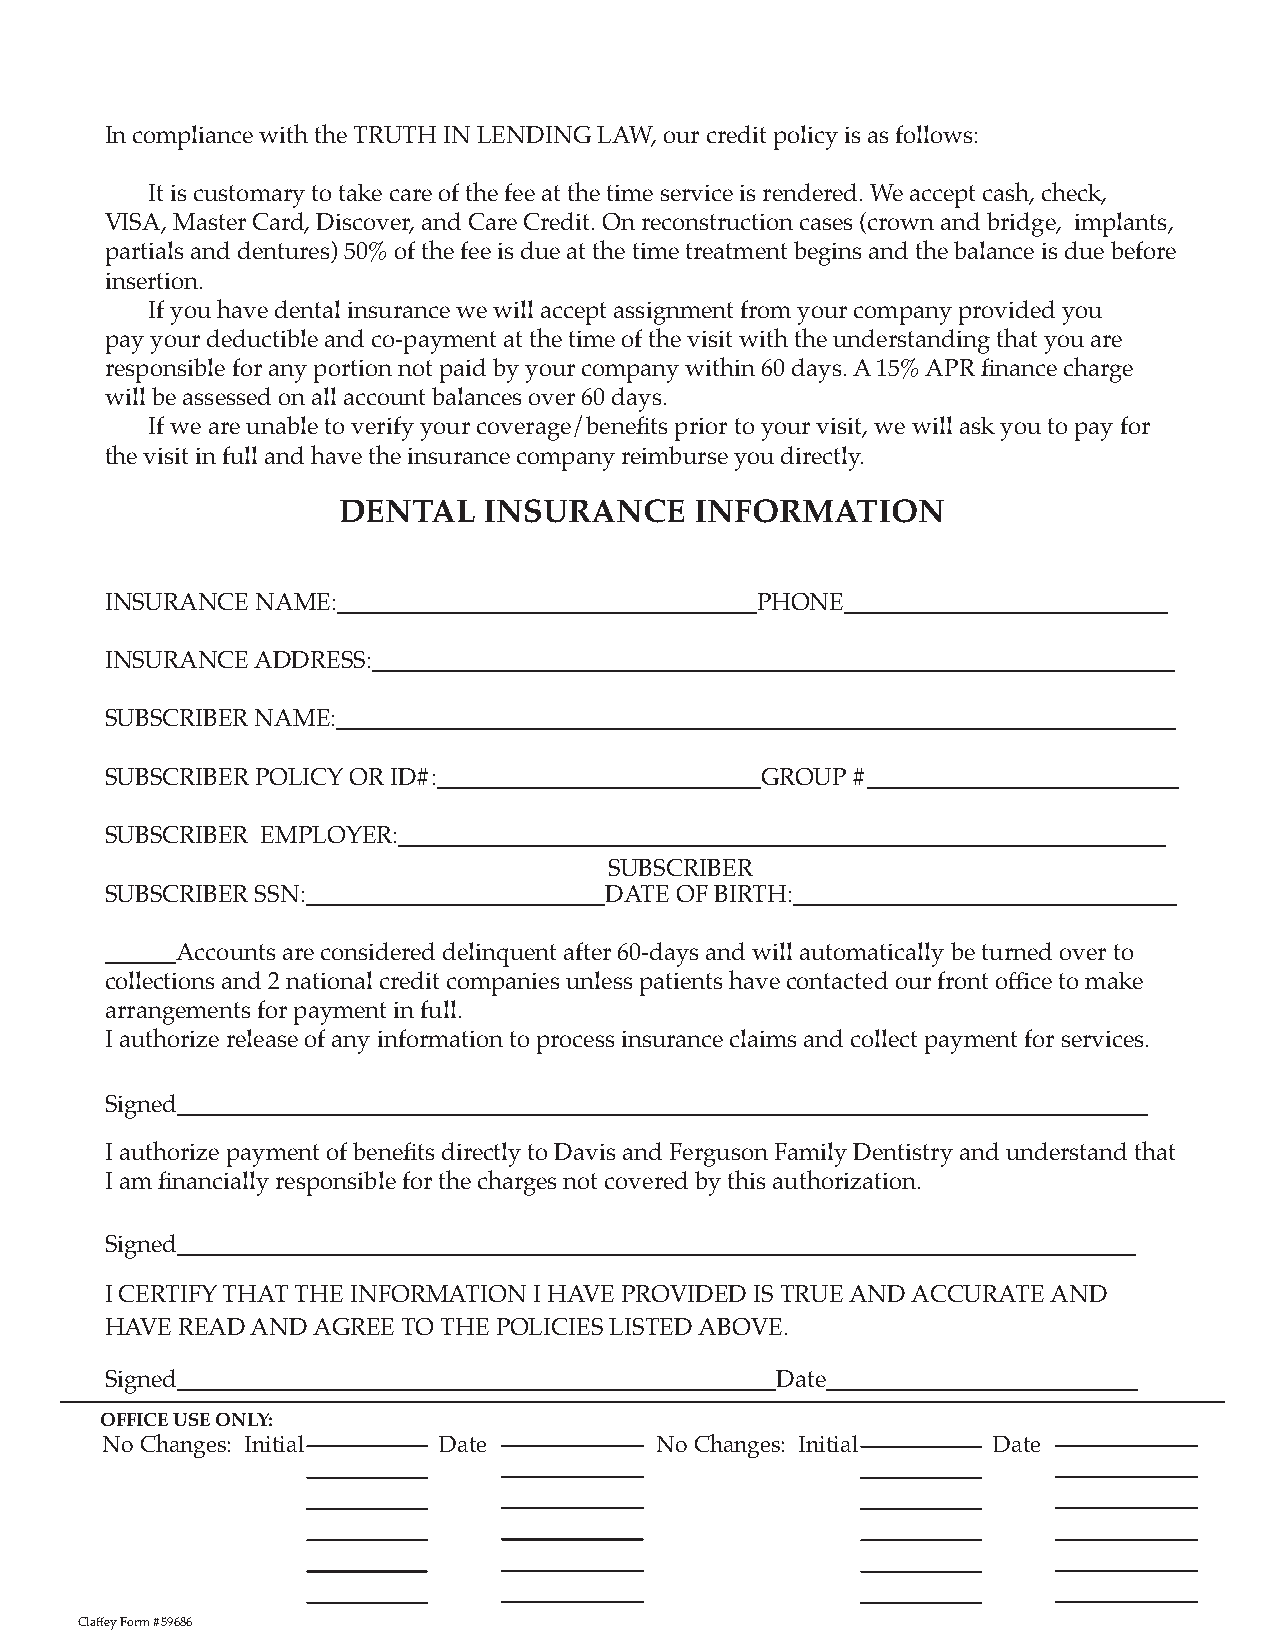
In compliance with the TRUTH IN LENDING LAW, our credit policy is as follows:
 It is customary to take care of the fee at the time service is rendered. We accept cash, check,
 VISA, Master Card, Discover, and Care Credit. On reconstruction cases (crown and bridge, implants,
 partials and dentures) 50% of the fee is due at the time treatment begins and the balance is due before
 insertion.
 If you have dental insurance we will accept assignment from your company provided you
 pay your deductible and co-payment at the time of the visit with the understanding that you are
 responsible for any portion not paid by your company within 60 days. A 15% APR finance charge
 will be assessed on all account balances over 60 days.
 If we are unable to verify your coverage/benefits prior to your visit, we will ask you to pay for
 the visit in full and have the insurance company reimburse you directly.
 DENTAL    INSURANCE     INFORMATION
 INSURANCE NAME:___________________________________PHONE___________________________
 INSURANCE ADDRESS:___________________________________________________________________
 SUBSCRIBER NAME:______________________________________________________________________
 SUBSCRIBER POLICY OR ID#:___________________________GROUP #__________________________
 SUBSCRIBER EMPLOYER:________________________________________________________________
 SUBSCRIBER
 SUBSCRIBER SSN:_________________________DATE OF BIRTH:________________________________
 ______Accounts are considered delinquent after 60-days and will automatically be turned over to
 collections and 2 national credit companies unless patients have contacted our front office to make
 arrangements for payment in full.
 I authorize release of any information to process insurance claims and collect payment for services.
 Signed_________________________________________________________________________________
 I authorize payment of benefits directly to Davis and Ferguson Family Dentistry and understand that
 I am financially responsible for the charges not covered by this authorization.
 Signed________________________________________________________________________________
 I CERTIFY THAT THE INFORMATION I HAVE PROVIDED IS TRUE AND ACCURATE AND
 HAVE READ AND AGREE TO THE POLICIES LISTED ABOVE.
 Signed__________________________________________________Date__________________________
 OFFICE USE ONLY:
 No Changes: Initial   Date          No Changes: Initial    Date
 Claffey Form #59686